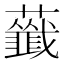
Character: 𧃖